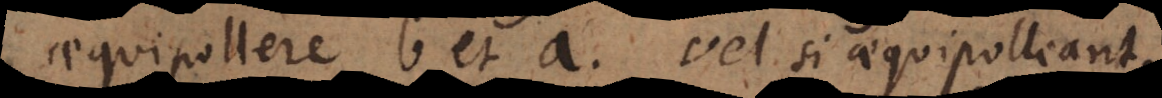
aequipollere b et a, vel si aequipolleant,